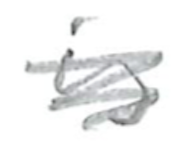
Text: is
Cross-out: mix
Writing tool: pencil